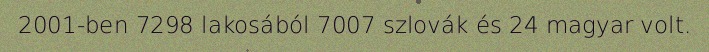
2001-ben 7298 lakosából 7007 szlovák és 24 magyar volt.